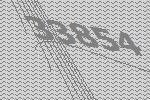
33854